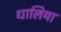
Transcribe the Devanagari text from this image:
धालिया